Annual report of the Civil Veterinary Department, Bengal, and of the Bengal Veterinary College for the year 1906-1907 - 1906-1907
Year: 1906
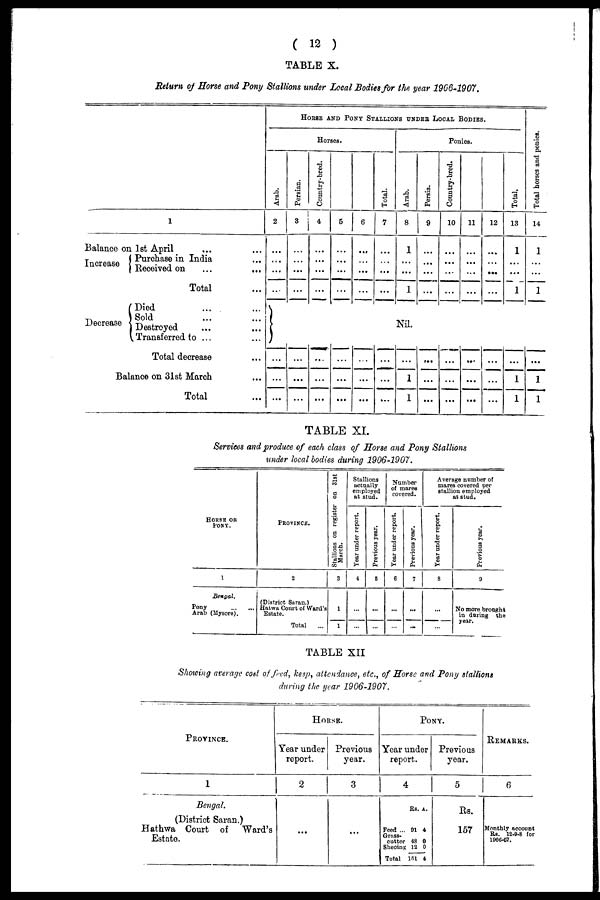
(12)
TABLE
X.
Return of Horse and Pony Stallions under Local Bodies for the year 1906-1907.
1
Balance on 1st April ... ...
Increase Purchase in India ...
Increase Received on ... ...
Total ...
Died ... ...
Sold
... ...
Decrease Destroyed ... ...
Transferred to ... ...
Total decrease ...
Balance on 31st March ...
Total ...
HORSE AND PONY STALLIONS UNDER LOCAL BODIES.
Horses.
Arab.
2
...
...
...
...
...
...
...
Persian.
3
...
...
...
...
...
...
...
Country-bred.
4
...
...
...
...
...
...
...
5
...
...
...
...
...
...
...
...
6
...
...
...
...
...
...
...
Total.
7
...
...
...
...
...
...
...
Ponies.
Arab.
8
1
...
...
1
Nil.
...
1
1
Persia.
9
...
...
...
...
...
...
...
Country-bred.
10
...
...
...
...
...
...
...
11
...
...
...
...
...
...
...
12
...
...
...
...
...
...
...
Total.
13
1
...
...
1
...
1
1
Total hor ses and ponies.
14
1
...
...
1
...
1
1
TABLE
XI.
Services and produce of each class of Horse and Pony Stallions
under local bodies during 1906-1907.
HORSE OR
PONY.
1
Bengal.
Pony
...
...
Arab (Mysore).
PROVINCE.
2
(District Saran.)
Hatwa Court of Ward's
Estate.
Total
Stallions on register on 31st
March.
3
1
1
Stallions
actually
employed
at stud.
Year under report.
4
...
...
Previous year.
5
...
...
Number
of mares
covered.
Year under report.
6
...
...
Previous year.
7
...
...
Average number of
mares covered per
stallion employed
at stud.
Year under report.
8
...
...
Previous year.
9
No more brought
in during the
TABLE XII
Showing average cod of feed, keep, attendance, etc., of Horse and Pony stallions
during the year 1906-1907.
PROVINCE.
1
Bengal.
(District Saran.)
Hathwa Court of Ward's
Estate.
HORSE.
Year under
report.
2
...
Previous
year.
3
...
PONY.
Year under
report.
4
Rs. A.
Feed ... 91 4
cutter 48 0
Sheoing 12 0
Total 151 4
Previous
year.
5
Rs.
157
REMARKS.
6
Monthly account
Rs. 12-9-8 for
1908-07.